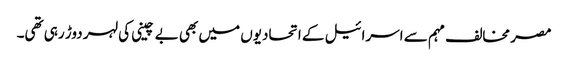
مصر مخالف مہم سے اسرائیل کے اتحادیوں میں بھی بے چینی کی لہر دوڑ رہی تھی۔